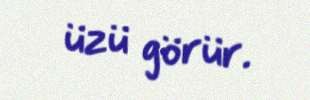
üzü görür.